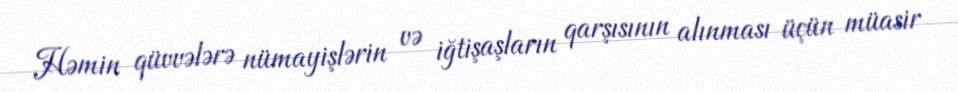
Həmin qüvvələrə nümayişlərin və iğtişaşların qarşısının alınması üçün müasir